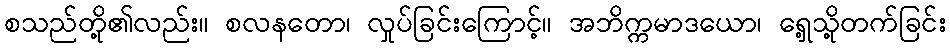
စသည်တို့၏လည်း။ စလနတော၊ လှုပ်ခြင်းကြောင့်။ အဘိက္ကမာဒယော၊ ရှေ့သို့တက်ခြင်း